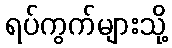
ရပ်ကွက်များသို့